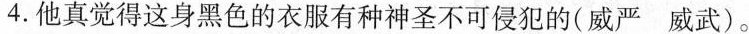
4.他真觉得这身黑色的衣服有种神圣不可侵犯的(威严 威武)。